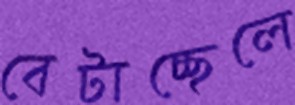
বেটাচ্ছেলে